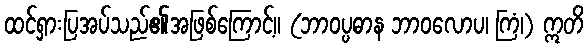
ထင်ရှားပြအပ်သည်၏အဖြစ်ကြောင့်။ (ဘာဝပ္ပဓာန ဘာဝလောပ၊ ကြံ၊) ဣတိ